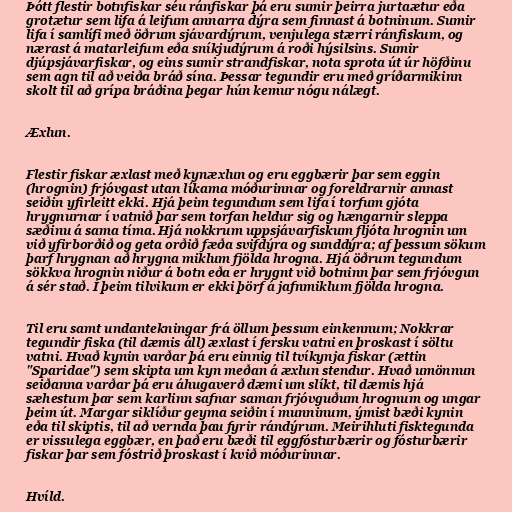
Þótt flestir botnfiskar séu ránfiskar þá eru sumir þeirra jurtaætur eða
grotætur sem lifa á leifum annarra dýra sem finnast á botninum. Sumir
lifa í samlífi með öðrum sjávardýrum, venjulega stærri ránfiskum, og
nærast á matarleifum eða sníkjudýrum á roði hýsilsins. Sumir
djúpsjávarfiskar, og eins sumir strandfiskar, nota sprota út úr höfðinu
sem agn til að veiða bráð sína. Þessar tegundir eru með gríðarmikinn
skolt til að grípa bráðina þegar hún kemur nógu nálægt.

Æxlun.

Flestir fiskar æxlast með kynæxlun og eru eggbærir þar sem eggin
(hrognin) frjóvgast utan líkama móðurinnar og foreldrarnir annast
seiðin yfirleitt ekki. Hjá þeim tegundum sem lifa í torfum gjóta
hrygnurnar í vatnið þar sem torfan heldur sig og hængarnir sleppa
sæðinu á sama tíma. Hjá nokkrum uppsjávarfiskum fljóta hrognin um
við yfirborðið og geta orðið fæða svifdýra og sunddýra; af þessum sökum
þarf hrygnan að hrygna miklum fjölda hrogna. Hjá öðrum tegundum
sökkva hrognin niður á botn eða er hrygnt við botninn þar sem frjóvgun
á sér stað. Í þeim tilvikum er ekki þörf á jafnmiklum fjölda hrogna.

Til eru samt undantekningar frá öllum þessum einkennum; Nokkrar
tegundir fiska (til dæmis áll) æxlast í fersku vatni en þroskast í söltu
vatni. Hvað kynin varðar þá eru einnig til tvíkynja fiskar (ættin
"Sparidae") sem skipta um kyn meðan á æxlun stendur. Hvað umönnun
seiðanna varðar þá eru áhugaverð dæmi um slíkt, til dæmis hjá
sæhestum þar sem karlinn safnar saman frjóvguðum hrognum og ungar
þeim út. Margar siklíður geyma seiðin í munninum, ýmist bæði kynin
eða til skiptis, til að vernda þau fyrir rándýrum. Meirihluti fisktegunda
er vissulega eggbær, en það eru bæði til eggfósturbærir og fósturbærir
fiskar þar sem fóstrið þroskast í kvið móðurinnar.

Hvíld.